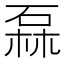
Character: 𱴌